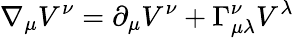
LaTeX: \nabla_{\mu}V^{\nu}=\partial_{\mu}V^{\nu}+\Gamma_{\mu\lambda}^{\nu}V^{\lambda}